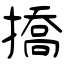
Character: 撟